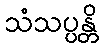
သံသပ္ပန္တိ